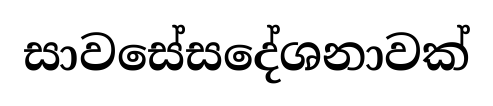
සාවසේසදේශනාවක්